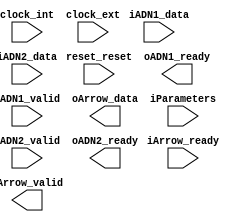
module KBandIPsubPro_KBand21_0 (
		input  wire         reset_reset,  //          reset.reset
		input  wire [7:0]   iADN1_data,   //          iADN1.data
		output wire         oADN1_ready,  //               .ready
		input  wire         iADN1_valid,  //               .valid
		output wire [127:0] oArrow_data,  //         oArrow.data
		input  wire         iArrow_ready, //               .ready
		output wire         oArrow_valid, //               .valid
		input  wire         clock_int,    // clock_internal.clk
		input  wire         clock_ext,    // clock_external.clk
		input  wire [31:0]  iParameters,  //     Parameters.export
		input  wire [7:0]   iADN2_data,   //          iADN2.data
		input  wire         iADN2_valid,  //               .valid
		output wire         oADN2_ready   //               .ready
	);
endmodule